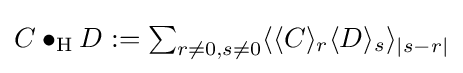
\textstyle C\bullet _{\text{H}}D:=\sum _{r\neq 0,s\neq 0}\langle \langle C\rangle _{r}\langle D\rangle _{s}\rangle _{\vert s-r\vert }